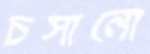
চসানো